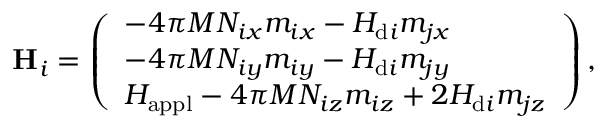
\mathbf { H } _ { i } = \left( \begin{array} { l } { - 4 \pi M N _ { i x } m _ { i x } - H _ { \mathrm { d } i } m _ { j x } } \\ { - 4 \pi M N _ { i y } m _ { i y } - H _ { \mathrm { d } i } m _ { j y } } \\ { H _ { \mathrm { a p p l } } - 4 \pi M N _ { i z } m _ { i z } + 2 H _ { \mathrm { d } i } m _ { j z } } \end{array} \right) ,